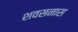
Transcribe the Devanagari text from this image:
शवसनास